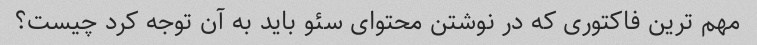
مهم ترین فاکتوری که در نوشتن محتوای سئو باید به آن توجه کرد چیست؟